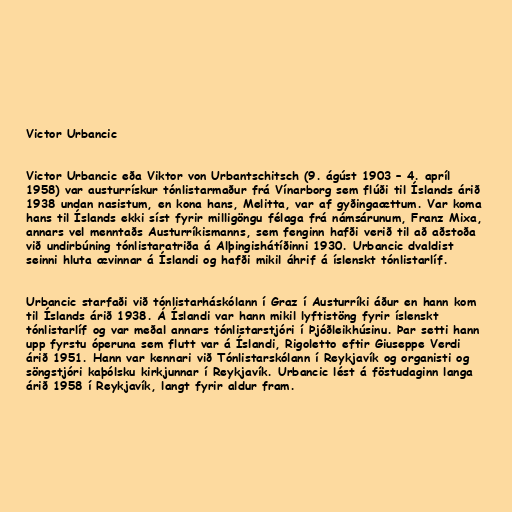
Victor Urbancic

Victor Urbancic eða Viktor von Urbantschitsch (9. ágúst 1903 – 4. apríl
1958) var austurrískur tónlistarmaður frá Vínarborg sem flúði til Íslands árið
1938 undan nasistum, en kona hans, Melitta, var af gyðingaættum. Var koma
hans til Íslands ekki síst fyrir milligöngu félaga frá námsárunum, Franz Mixa,
annars vel menntaðs Austurríkismanns, sem fenginn hafði verið til að aðstoða
við undirbúning tónlistaratriða á Alþingishátíðinni 1930. Urbancic dvaldist
seinni hluta ævinnar á Íslandi og hafði mikil áhrif á íslenskt tónlistarlíf.

Urbancic starfaði við tónlistarháskólann í Graz í Austurríki áður en hann kom
til Íslands árið 1938. Á Íslandi var hann mikil lyftistöng fyrir íslenskt
tónlistarlíf og var meðal annars tónlistarstjóri í Þjóðleikhúsinu. Þar setti hann
upp fyrstu óperuna sem flutt var á Íslandi, Rigoletto eftir Giuseppe Verdi
árið 1951. Hann var kennari við Tónlistarskólann í Reykjavík og organisti og
söngstjóri kaþólsku kirkjunnar í Reykjavík. Urbancic lést á föstudaginn langa
árið 1958 í Reykjavík, langt fyrir aldur fram.